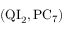
( \mathrm { Q I } _ { 2 } , \mathrm { P C } _ { 7 } )